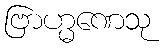
ဗြာဟ္မဏေသု